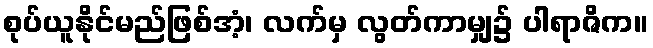
စုပ်ယူနိုင်မည်ဖြစ်အံ့၊ လက်မှ လွတ်ကာမျှ၌ ပါရာဇိက။